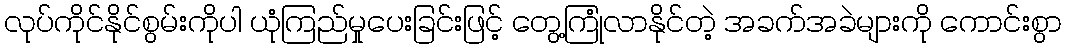
လုပ်ကိုင်နိုင်စွမ်းကိုပါ ယုံကြည်မှုပေးခြင်းဖြင့် တွေ့ကြုံလာနိုင်တဲ့ အခက်အခဲများကို ကောင်းစွာ